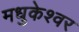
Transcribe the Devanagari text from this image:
मधुकेश्वर